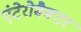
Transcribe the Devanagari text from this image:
एंटेरोबैक्टर